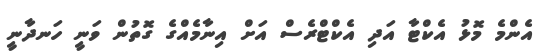
އެންމެ މޮޅު އެކްޓާ އަދި އެކްޓްރެސް އަށް އިނާމެއްގެ ގޮތުން ވަނީ ހަނދާނީ